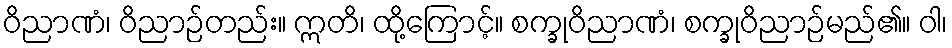
ဝိညာဏံ၊ ဝိညာဉ်တည်း။ ဣတိ၊ ထို့ကြောင့်။ စက္ခုဝိညာဏံ၊ စက္ခုဝိညာဉ်မည်၏။ ဝါ၊